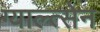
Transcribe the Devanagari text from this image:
ग्याल्त्सेन